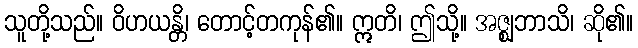
သူတို့သည်။ ဝိဟယန္တိ၊ တောင့်တကုန်၏။ ဣတိ၊ ဤသို့။ အဇ္ဈဘာသိ၊ ဆို၏။